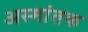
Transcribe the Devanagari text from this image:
अस्मांतक